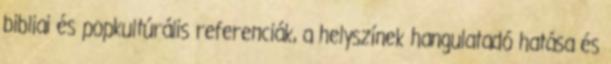
bibliai és popkultúrális referenciák, a helyszínek hangulatadó hatása és